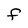
Character: F